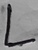
Text: L